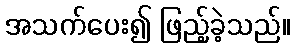
အသက်ပေး၍ ဖြည့်ခဲ့သည်။